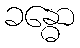
ခန္ဓော